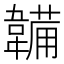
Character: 韛